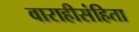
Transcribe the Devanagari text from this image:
वाराहीसंहिता